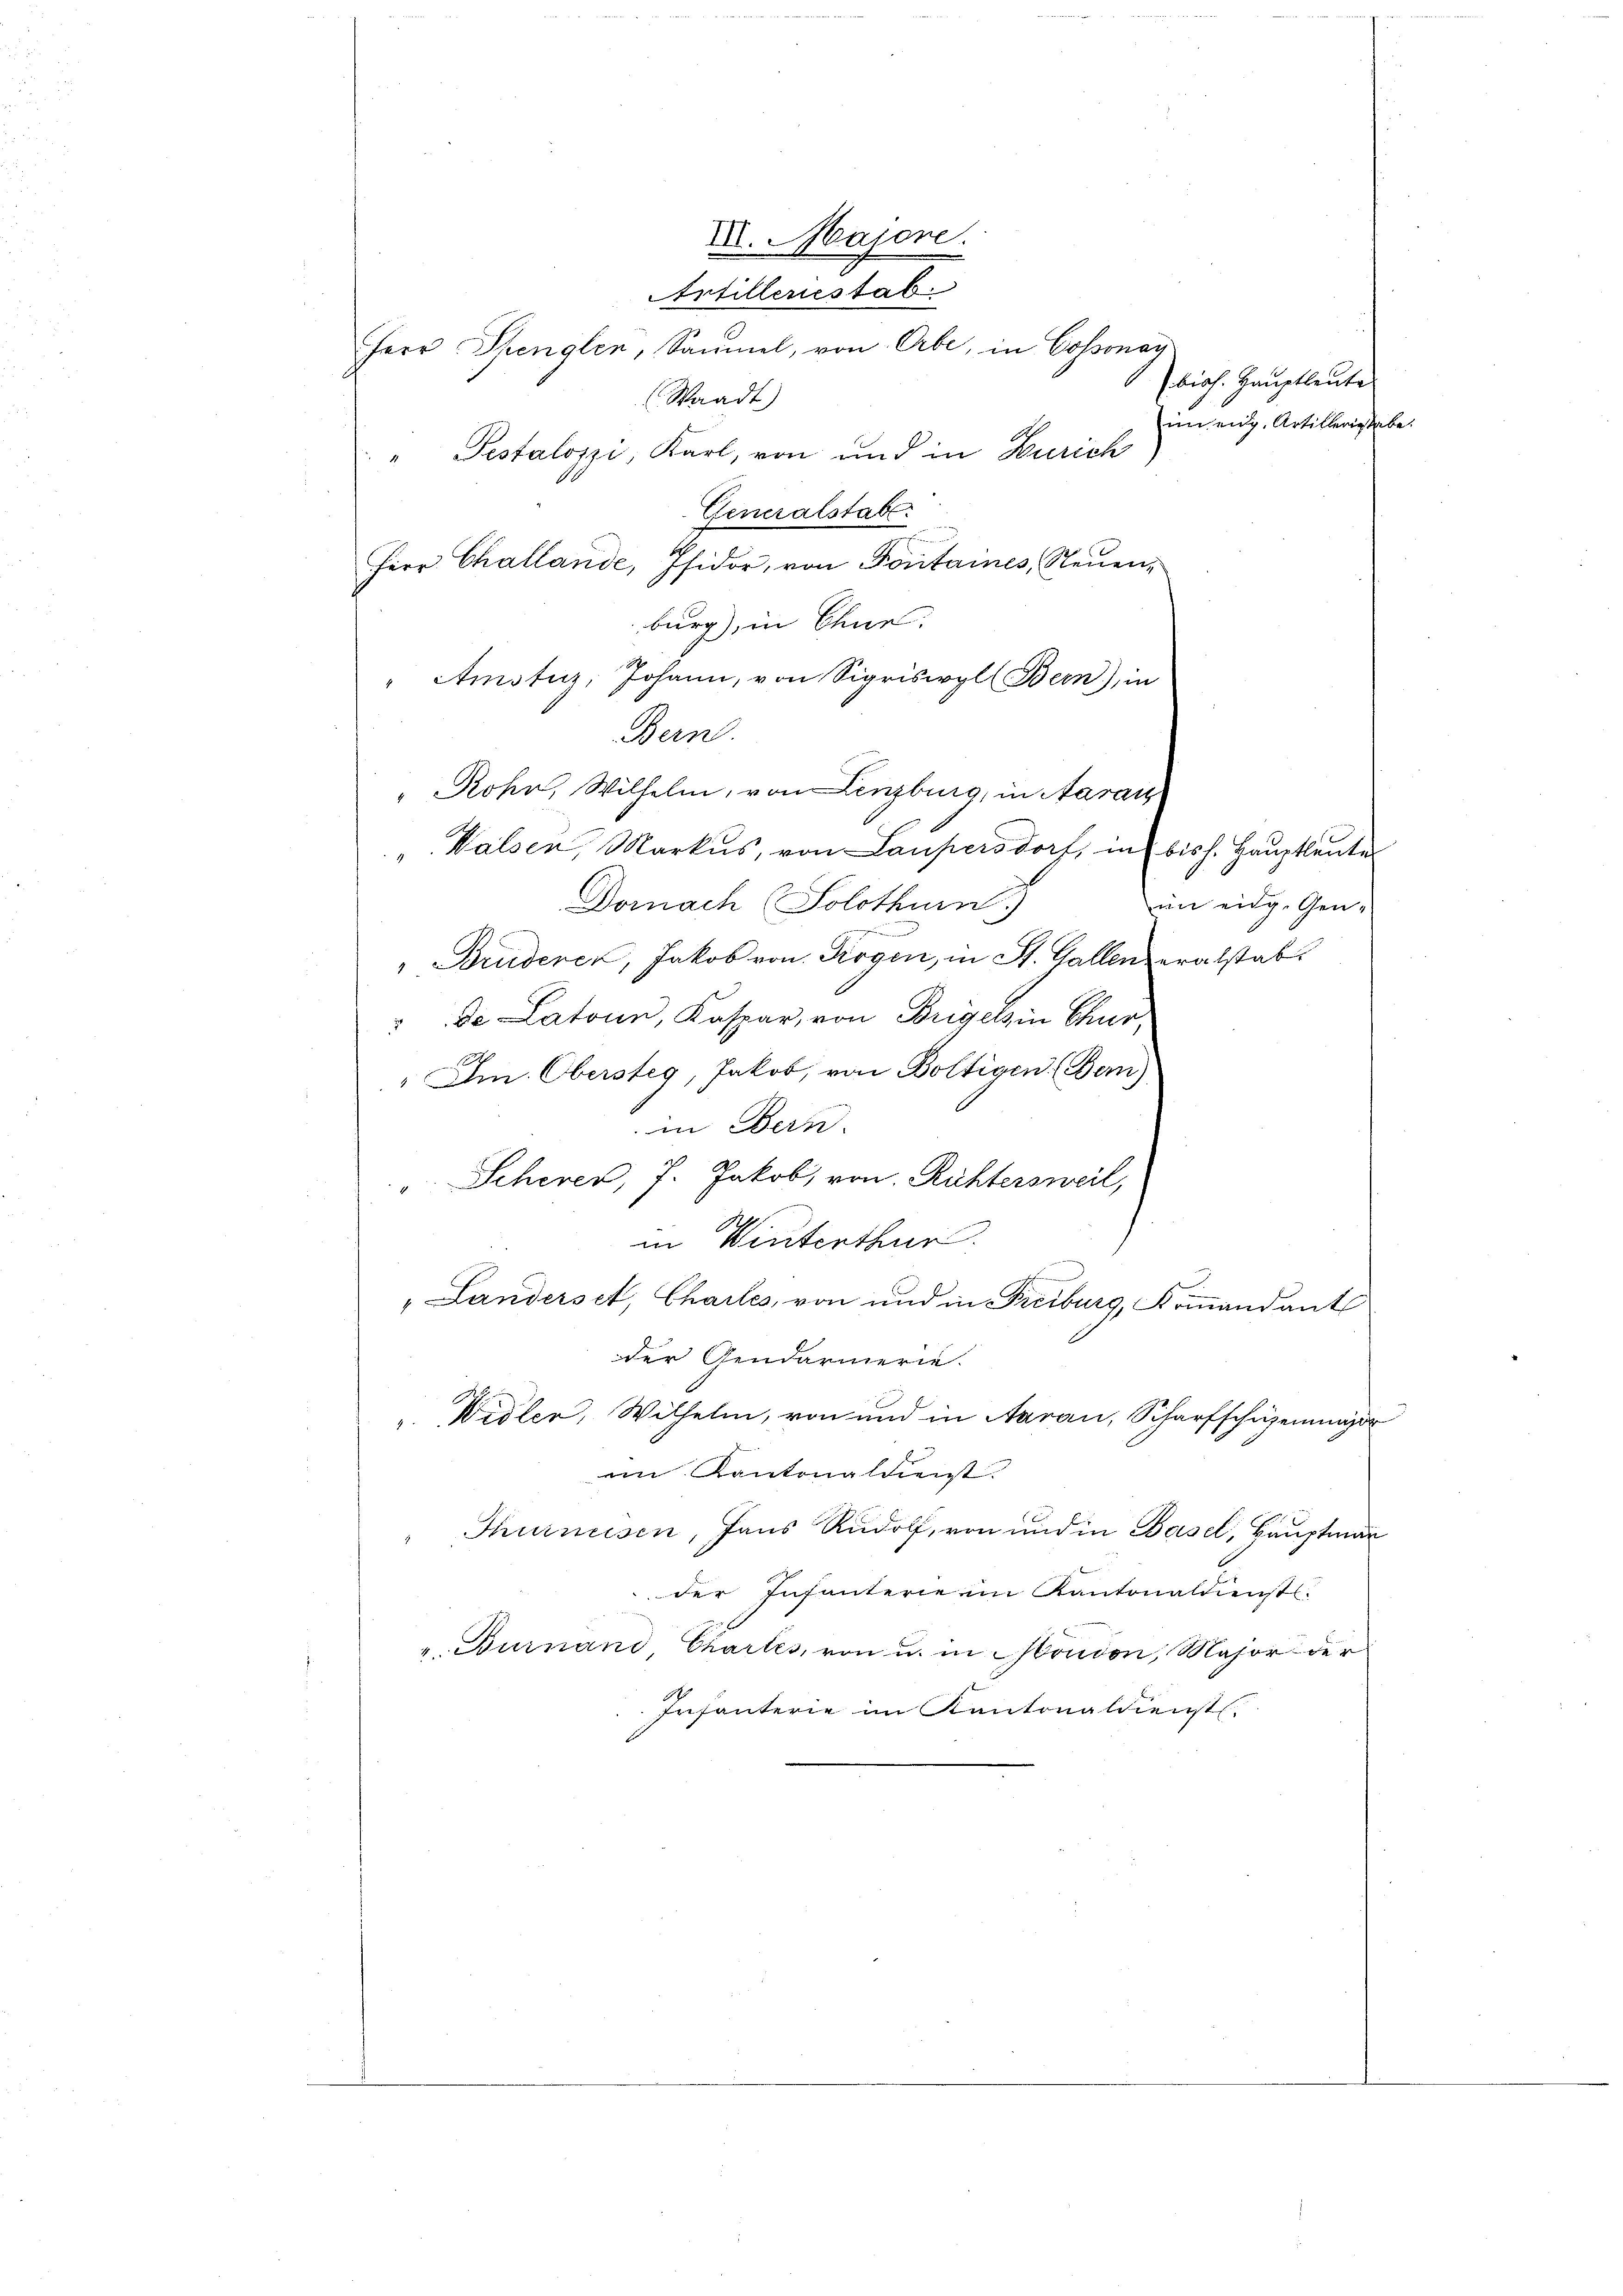
Waadt)
Generalstabe
Herr Challande, Isidor, von Fontaines, Neuenburg), in Chue.
" Amstuz, Johann, von Sigriswyl (Bern), in
" Rohr, Wilhelm, von Lenzburg, in Aarau
"Walsen, Markŭs, von Laupersdorf, in bis h. Hauptleute
Dornach Solothurn)
"Bruderer, Jakob von Rogen, in St. Galleneralstabde Latonn, Kaspar, von Bregels in Chur,
.
.
"Am Obersteg, Jakob, von Boltigen (Bem)
in Bern.
" Scherer, J. Jakob, von Richtersweil,
in Winterthur.
"Landerset, Chartes, von und in Freiburg, Koṁandant
der Gendarmerie-
". Widler, Wilhelm, von und in Aarau, Scharfschüzenmar
en Kantonaldienst.
Thurneesen, Hans Rudolf, von und in Basel, Hauptmann
der Infanterie im Kantonaldiensts-
v. Burnand Chartes, von u. in Moudon, Major der
Infanterie im Kantonaldienst.

Bern.

II. Majore.
Artillenestab
Herr Spenglen, Sammel, von Erbe, in Cossonay

" Pestalozzi, Karl, von und in Zürich

bioh. Hauptleute
im eidg. Artilleris habe.

in eidg. Gene